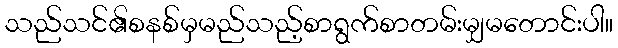
သည်သင်၏စနစ်မှမည်သည့်စာရွက်စာတမ်းမျှမတောင်းပါ။